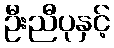
ဦးညီပုနှင့်